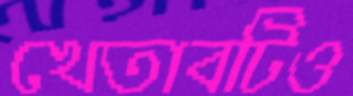
খেতাবটিও